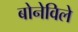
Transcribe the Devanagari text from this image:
बोनेविले